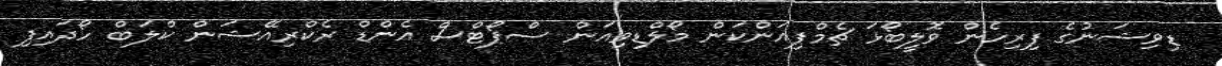
ޑިވިޝަނުގެ ފިރިހެން ވޮލީބޯޅަ ޗެމްޕިއަންކަން މޯލްޑިވިއަން ސްޕޯޓްސް އެންޑް ރެކްރިއޭޝަން ކްލަބް ހޯދައިފި